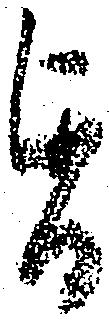
旨